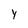
Character: Y